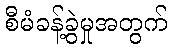
စီမံခန့်ခွဲမှုအတွက်